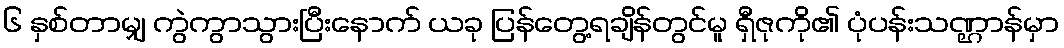
၆ နှစ်တာမျှ ကွဲကွာသွားပြီးနောက် ယခု ပြန်တွေ့ရချိန်တွင်မူ ရှီဇုကို၏ ပုံပန်းသဏ္ဌာန်မှာ